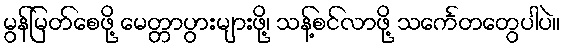
မွန်မြတ်စေဖို့ မေတ္တာပွားများဖို့၊ သန့်စင်လာဖို့ သင်္ကေတတွေပါပဲ။